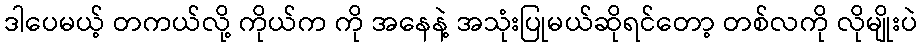
ဒါပေမယ့် တကယ်လို့ ကိုယ်က ကို အနေနဲ့ အသုံးပြုမယ်ဆိုရင်တော့ တစ်လကို လိုမျိုးပဲ